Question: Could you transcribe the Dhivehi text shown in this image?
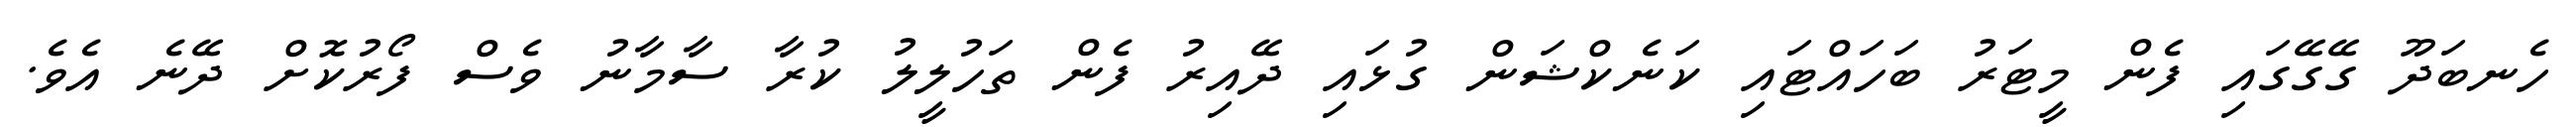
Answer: ހެނބަދޫ ގޭގޭގައި ފެން މީޓަރު ބަހައްޓައި ކަނެކްޝަން ގުޅައި ދޭއިރު ފެން ތަހުލީލު ކުރާ ސާމާނު ވެސް ފޯރުކޮށް ދޭނެ އެވެ.